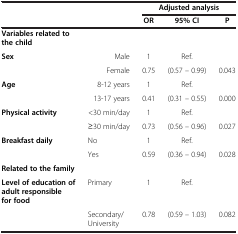
<table><thead><tr><td><b> </b></td><td><b> </b></td><td colspan="3"><b>Adjusted analysis</b></td></tr><tr><td><b> </b></td><td><b> </b></td><td><b>OR</b></td><td><b>95% CI</b></td><td><b>P</b></td></tr></thead><tbody><tr><td><b>Variables related to the child</b></td><td> </td><td> </td><td> </td><td> </td></tr><tr><td><b>Sex</b></td><td>Male</td><td>1</td><td>Ref.</td><td> </td></tr><tr><td> </td><td>Female</td><td>0.75</td><td>(0.57 – 0.99)</td><td>0.043</td></tr><tr><td><b>Age</b></td><td>8-12 years</td><td>1</td><td>Ref.</td><td> </td></tr><tr><td> </td><td>13-17 years</td><td>0.41</td><td>(0.31 – 0.55)</td><td>0.000</td></tr><tr><td><b>Physical activity</b></td><td>&lt;30 min/day</td><td>1</td><td>Ref.</td><td> </td></tr><tr><td> </td><td>≥30 min/day</td><td>0.73</td><td>(0.56 – 0.96)</td><td>0.027</td></tr><tr><td><b>Breakfast daily</b></td><td>No</td><td>1</td><td>Ref.</td><td> </td></tr><tr><td> </td><td>Yes</td><td>0.59</td><td>(0.36 – 0.94)</td><td>0.028</td></tr><tr><td><b>Related to the family</b></td><td> </td><td> </td><td> </td><td> </td></tr><tr><td><b>Level of education of adult responsible for food</b></td><td>Primary</td><td>1</td><td>Ref.</td><td> </td></tr><tr><td> </td><td>Secondary/ University</td><td>0.78</td><td>(0.59 – 1.03)</td><td>0.082</td></tr></tbody></table>